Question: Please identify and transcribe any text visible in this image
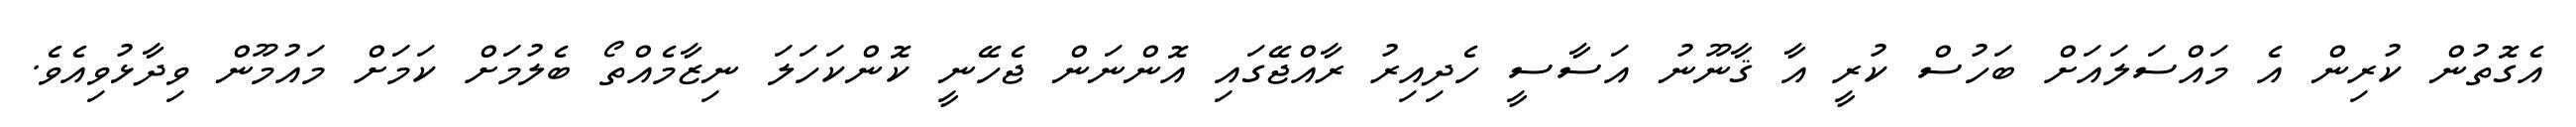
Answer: އެގޮތުން ކުރިން އެ މައްސަލައަށް ބަހުސް ކުރީ އާ ޤާނޫނު އަސާސީ ހެދިއިރު ރާއްޖޭގައި އޮންނަން ޖެހޭނީ ކޮންކަހަލަ ނިޒާމެއްތޯ ބެލުމަށް ކަމަށް މައުމޫން ވިދާޅުވިއެވެ.